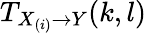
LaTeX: T_{X_{(i)}\rightarrow Y}(k,l)